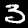
Label: 3